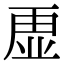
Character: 𮓡